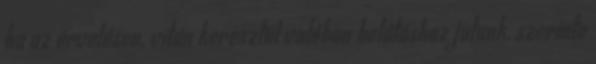
ha az érvelésen, vitán keresztül valóban belátáshoz jutunk, szerinte